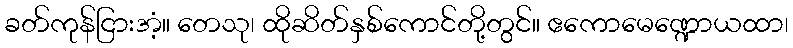
ခတ်ကုန်ငြားအံ့။ တေသု၊ ထိုဆိတ်နှစ်ကောင်တို့တွင်။ ဧကောမေဏ္ဍောယထာ၊